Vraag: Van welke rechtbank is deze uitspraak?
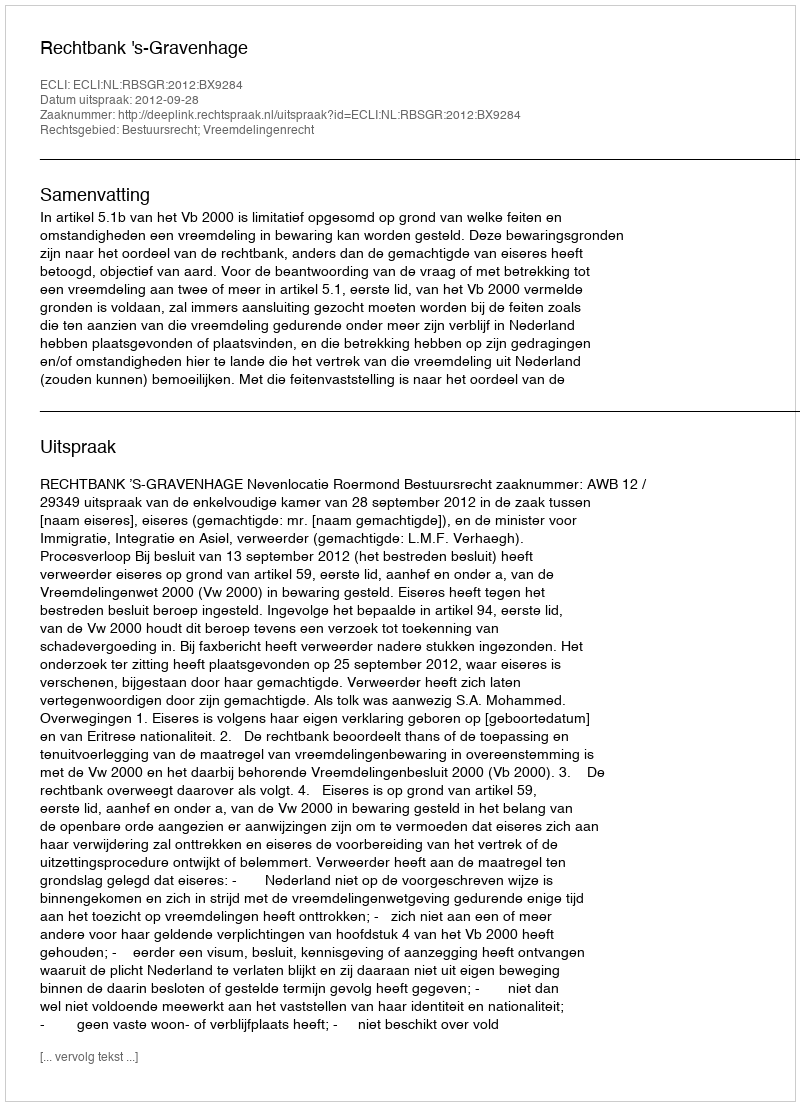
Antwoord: Rechtbank 's-Gravenhage